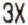
3X